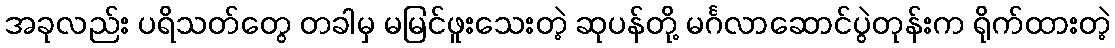
အခုလည်း ပရိသတ်တွေ တခါမှ မမြင်ဖူးသေးတဲ့ ဆုပန်တို့ မင်္ဂလာဆောင်ပွဲတုန်းက ရိုက်ထားတဲ့